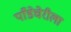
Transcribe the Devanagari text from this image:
पाँडेचेरीला